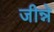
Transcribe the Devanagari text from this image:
जीन्ने